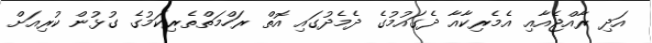
އަދި ރާއްޖެއާއި އެމެރިކާއާ ދެގައުމުގެ ދެމެދުގައި އޮތް ރަހްމަތްތެރިކަމުގެ ގުޅުން ކުރިއަށް